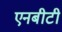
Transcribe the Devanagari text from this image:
एनबीटी